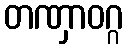
တဏှာဝဂ္ဂ